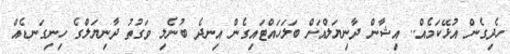
ހެދިގެން އުޅޭކަމެއް.. އިޝާން ދާނިޔަލްއަށް ބަލަހައްޓައިގެން އިނދެ ބުނެލި ވަގުތު ދާނިޔަލްގެ ހިނިގަނޑެއް